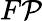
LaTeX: F\mathcal{P}